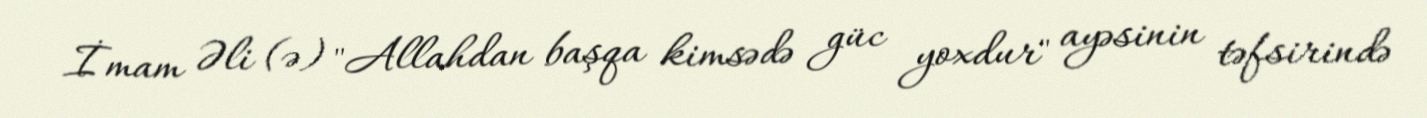
İmam Əli (ə) "Allahdan başqa kimsədə güc yoxdur" ayəsinin təfsirində